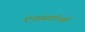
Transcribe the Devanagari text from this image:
एनएसएडीआई